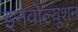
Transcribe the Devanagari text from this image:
इनवोल्यूशन